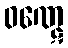
ဝဏ္ဋေ